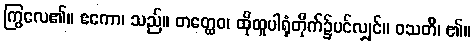
ကြွလေ၏။ ဧကော၊ သည်။ တတ္ထေဝ၊ ထိုထူပါရုံတိုက်၌ပင်လျှင်။ ဝသတိ၊ ၏။